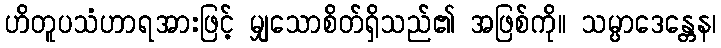
ဟိတူပသံဟာရအားဖြင့် မျှသောစိတ်ရှိသည်၏ အဖြစ်ကို။ သမ္ပာဒေန္တေန၊